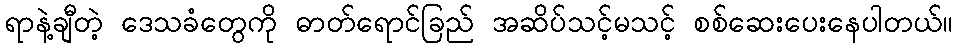
ရာနဲ့ချီတဲ့ ဒေသခံတွေကို ဓာတ်ရောင်ခြည် အဆိပ်သင့်မသင့် စစ်ဆေးပေးနေပါတယ်။